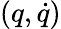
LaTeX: (q,\dot{q})